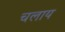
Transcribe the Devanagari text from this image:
चलाय